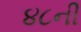
૪૮ની